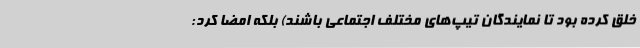
خلق کرده بود تا نمایندگان تیپ‌های مختلف اجتماعی باشند) بلکه امضا کرد: